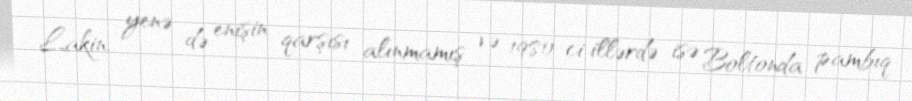
Lakin, yenə də enişin qarşısı alınmamış və 1980-ci illərdə isə Boltonda pambıq